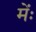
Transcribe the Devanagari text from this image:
मेंः